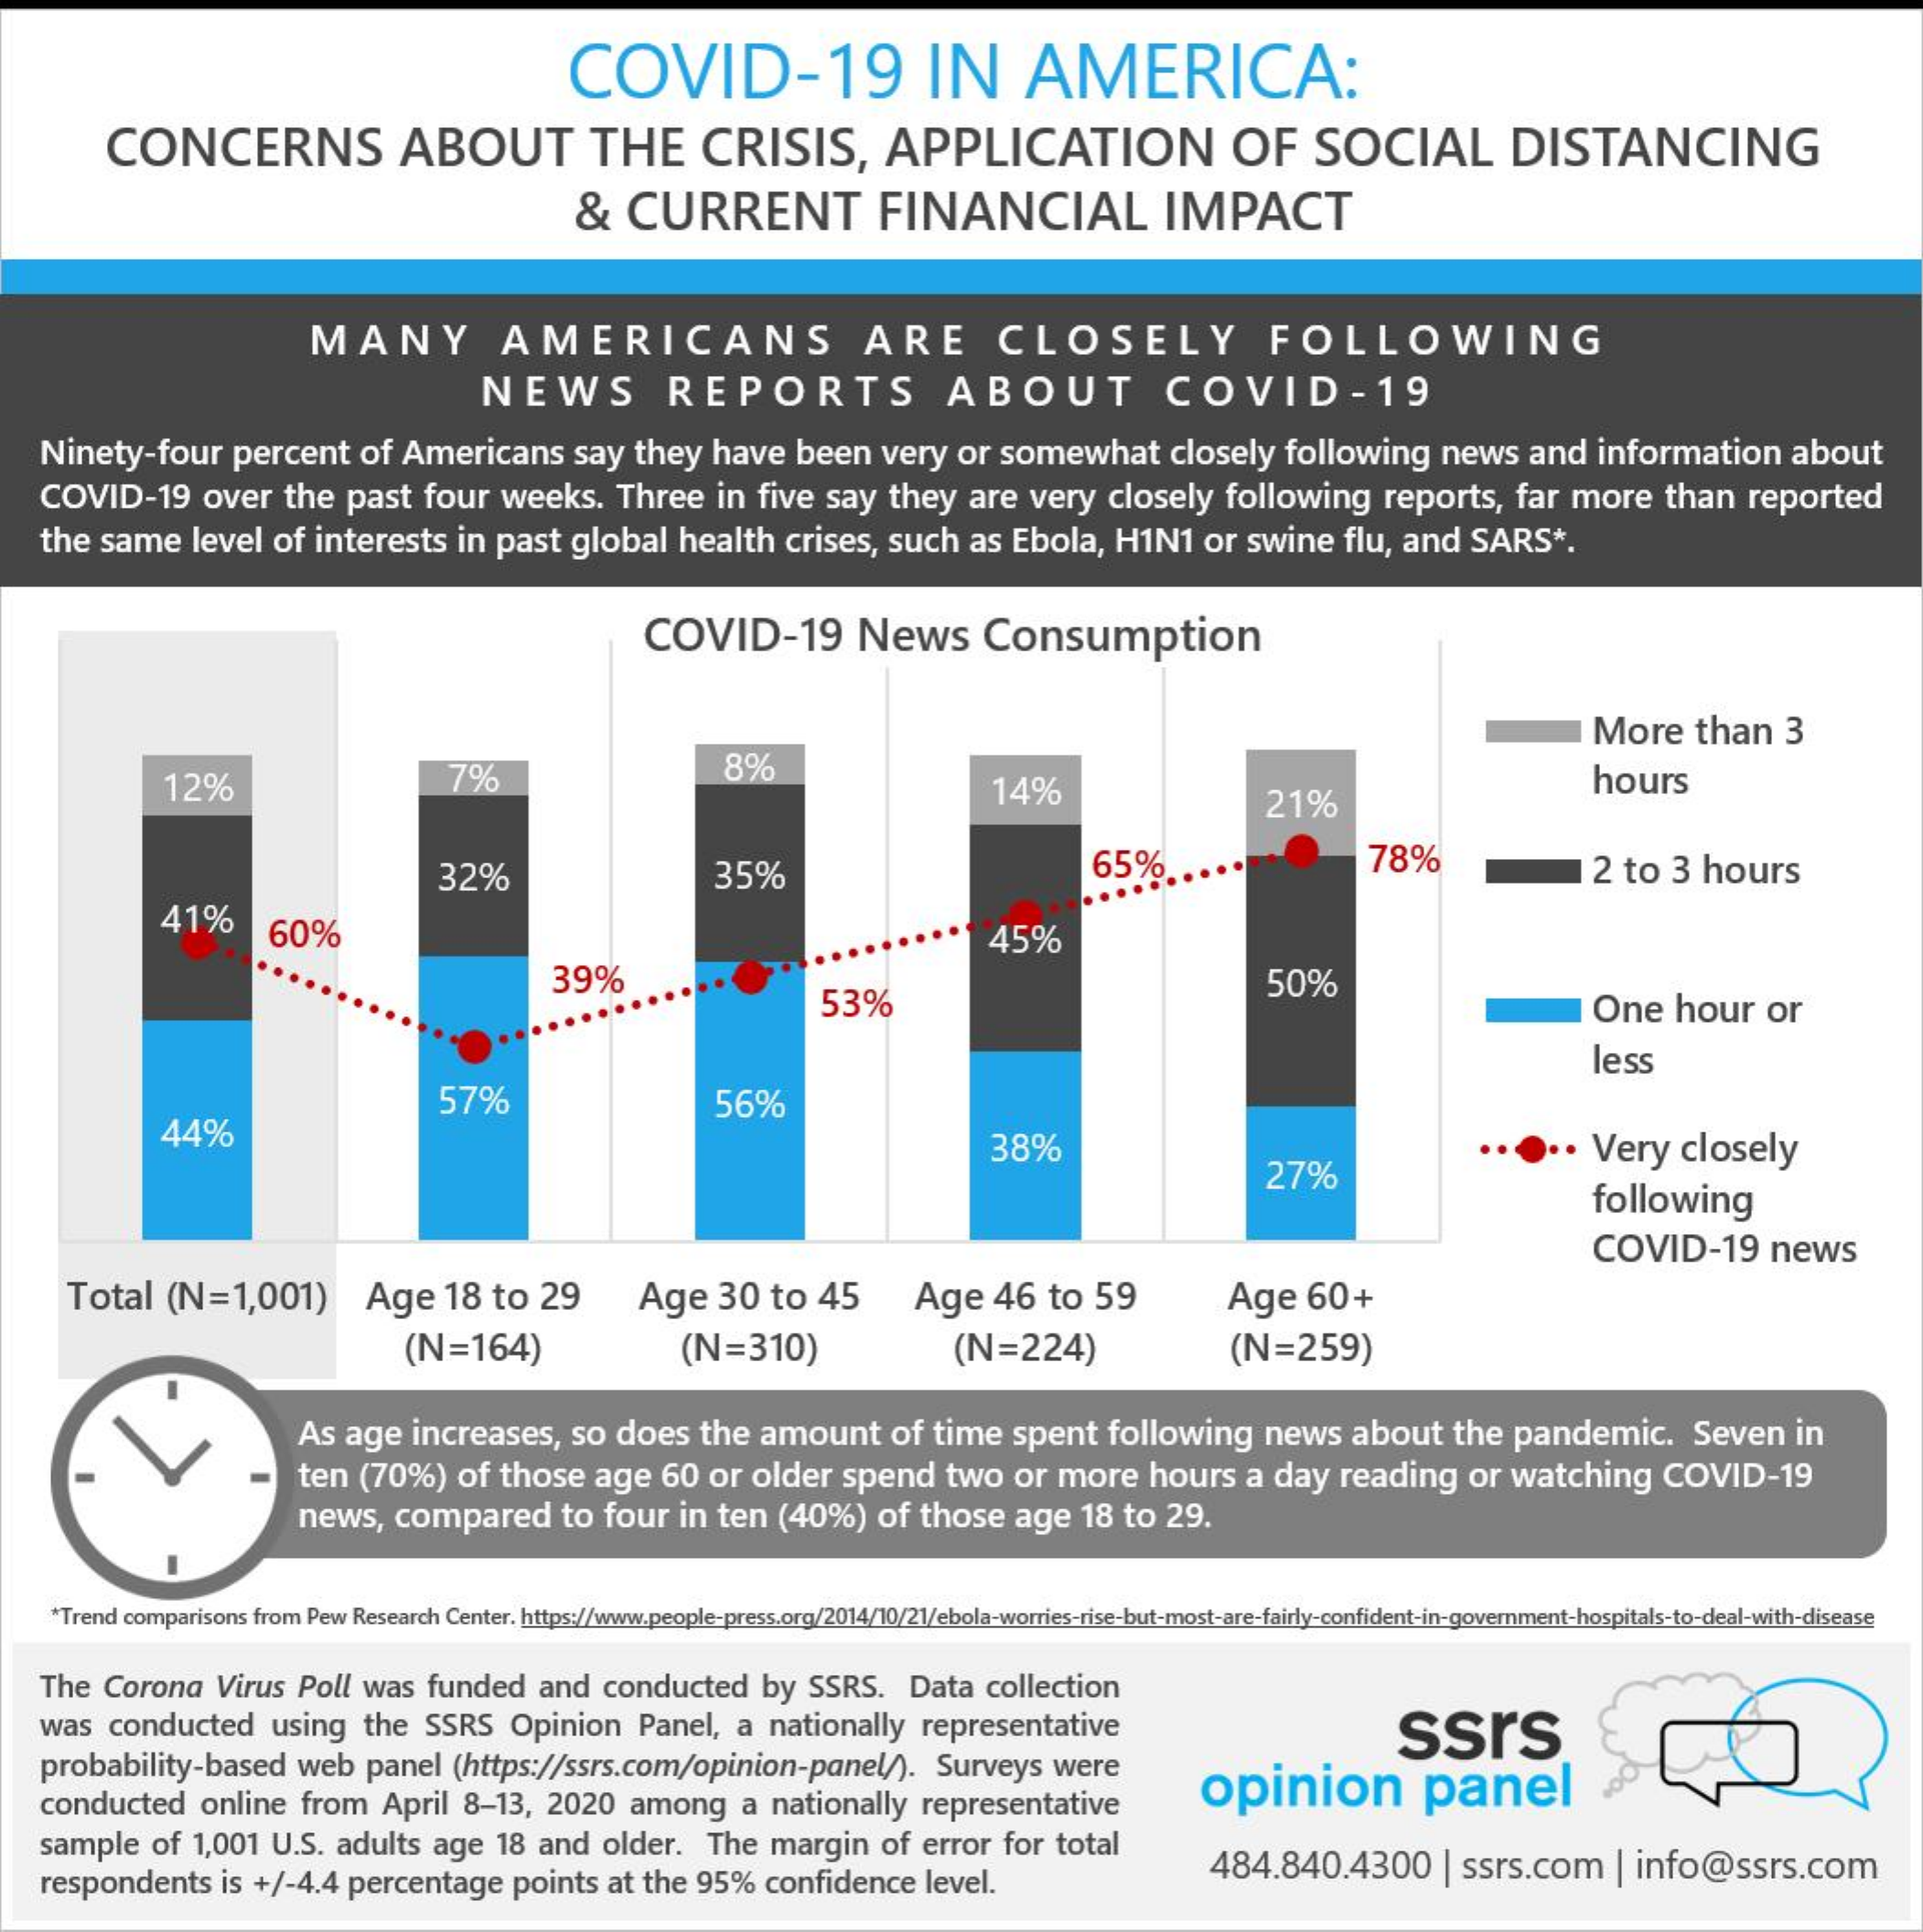
COVID-19    IN    AMERICA:
     CONCERNS    ABOUT    THE    CRISIS,    APPLICATION    OF    SOCIAL    DISTANCING
     &   CURRENT    FINANCIAL    IMPACT
     MANY    AMERICANS    ARE    CLOSELY    FOLLOWING
     NEWS    REPORTS    ABOUT    COVID    -  19
    Ninety-four    percent    of Americans    say   they   have    been    very   or  somewhat    closely    following    news    and   information    about
    COVID-19    over   the   past    four   weeks.    Three    in  five   say   they   are   very   closely    following    reports,    far  more    than   reported
    the  same    level  of  interests    in past    global    health    crises,  such    as  Ebola,    H1N1    or  swine    flu,  and   SARS    *.
     COVID-19    News    Consumption
     More    than    3
     12%    7%    8%
     14%    21%
     hours
     32%    35%    65%    78%    12  to  3  hours
     41%    60%    45%
     39%
     53%
     50%
     One    hour    or
     less
     44%
     57%    56%
     38%
     27%
     .  Very    closely
     following
     COVID-19    news
     Total    (N=1,001)    Age    18  to   29    Age    30   to   45    Age    46   to   59    Age    60+
     (N=164)    (N=310)    (N=224)    (N=259)
     As  age   increases,    so  does    the  amount    of  time   spent    following    news    about    the  pandemic.    Seven    in
     ten  (70%)    of  those    age   60  or  older    spend    two   or  more    hours    a  day   reading    or  watching    COVID-19
     news,   compared    to  four   in ten   (40%)    of   those   age    18  to  29.
     *Trend comparisons from Pew Research Center. https://www.people-press.org/2014/10/21/ebola-worries-rise-but-most-are-fairly-confident-in-government-hospitals-to-deal-with-disease
    The  Corona    Virus   Poll  was   funded    and    conducted    by  SSRS.    Data    collection
    was   conducted    using    the   SSRS    Opinion    Panel,   a  nationally    representative    ssrs
    probability-based    web   panel   (https://ssrs.com/opinion-panel/).    Surveys    were
    conducted    online   from    April  8-13,   2020    among    a nationally    representative    opinion    panel
    sample    of  1,001  U.S.  adults    age  18  and   older.    The   margin    of  error  for  total
    respondents    is +/-4.4   percentage    points   at the   95%   confidence    level.
     484.840.4300    | ssrs.com    | info@ssrs.com